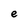
Character: e